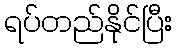
ရပ်တည်နိုင်ပြီး